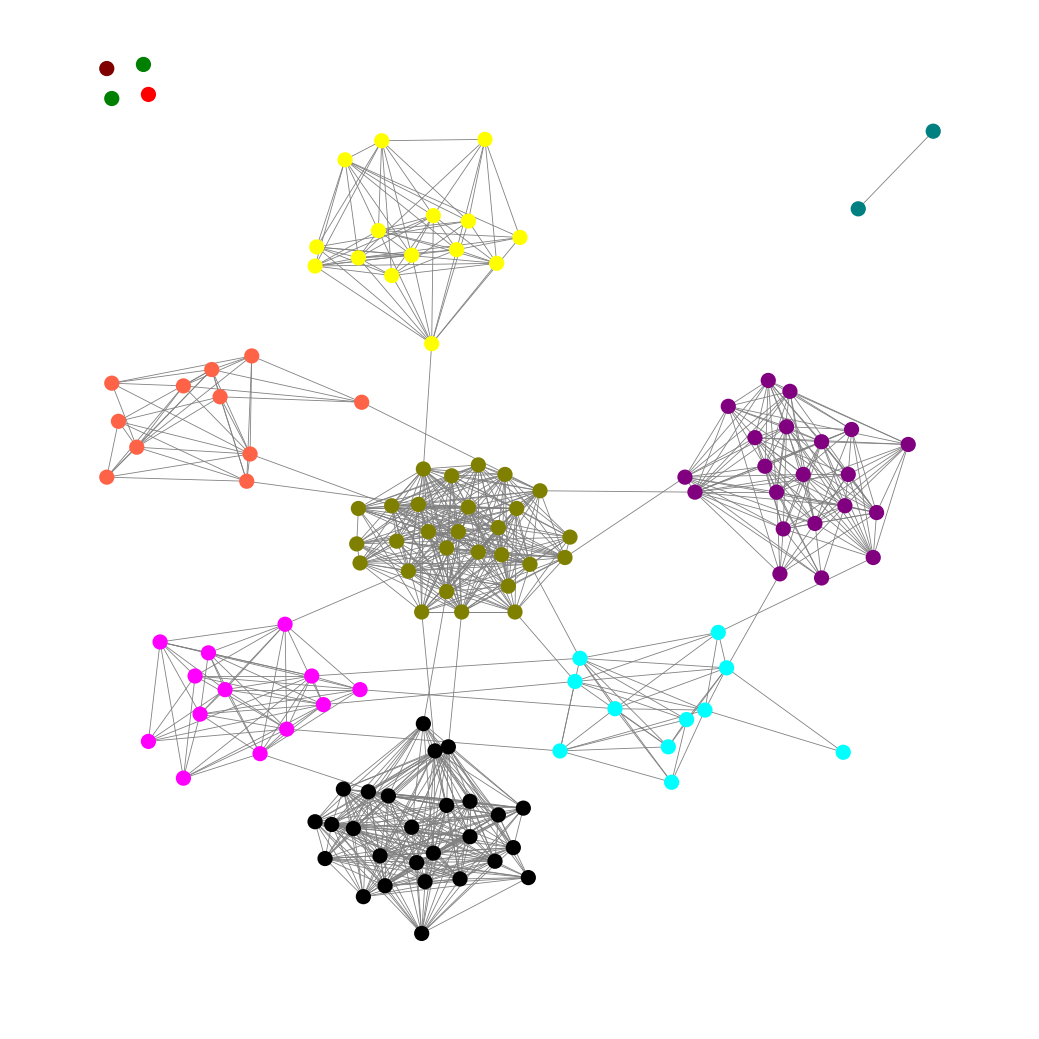
Graph connected: No
Number of connected components: 6
Number of singletons: 4
Total number of nodes: 132
Total number of edges: 878
Number of communities: 11
Community sizes:
Aqua: 11
Black: 27
Fuchsia: 13
Green: 2
Maroon: 1
Olive: 28
Purple: 21
Red: 1
Teal: 2
Tomato: 11
Yellow: 15
Graph layout: tda
Graph generation method: erdos_renyi